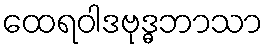
ထေရဝါဒဗုဒ္ဓဘာသာ